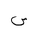
Letter: _sin